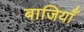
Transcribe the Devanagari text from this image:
बाजियाँ